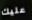
عليك